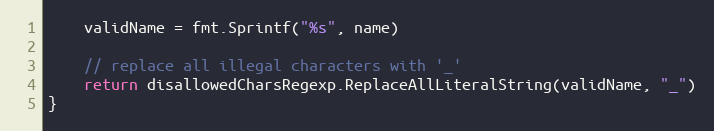
Language: Go
	validName = fmt.Sprintf("%s", name)

	// replace all illegal characters with '_'
	return disallowedCharsRegexp.ReplaceAllLiteralString(validName, "_")
}